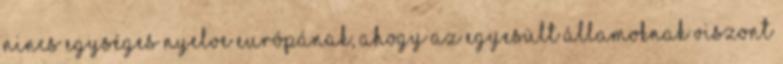
nincs egységes nyelve Európának, ahogy az Egyesült Államoknak viszont